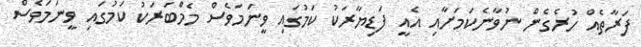
ފަރާތެއް ހުރެގެން ނުވާނެކަމަށާއި އެއީ ފަޑިޔާރަކު ކަމުގައި ވީނަމަވެސް މެމްބަރަކު ކަމުގައި ވީނަމަވެސް